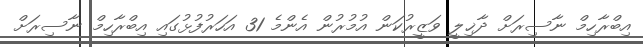
އިބްރާހިމް ނާސިރަށް ދާޚިލީ ވަޒީރުކަން އުމުރުން އެންމެ 31 އަހަރުފުޅުގައި އިބްރާހިމް ނާސިރަށް